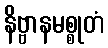
နိဗ္ဗာနမစ္စုတံ